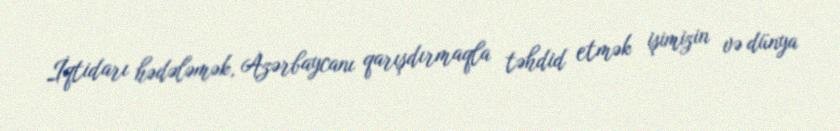
İqtidarı hədələmək, Azərbaycanı qarışdırmaqla təhdid etmək işimizin və dünya